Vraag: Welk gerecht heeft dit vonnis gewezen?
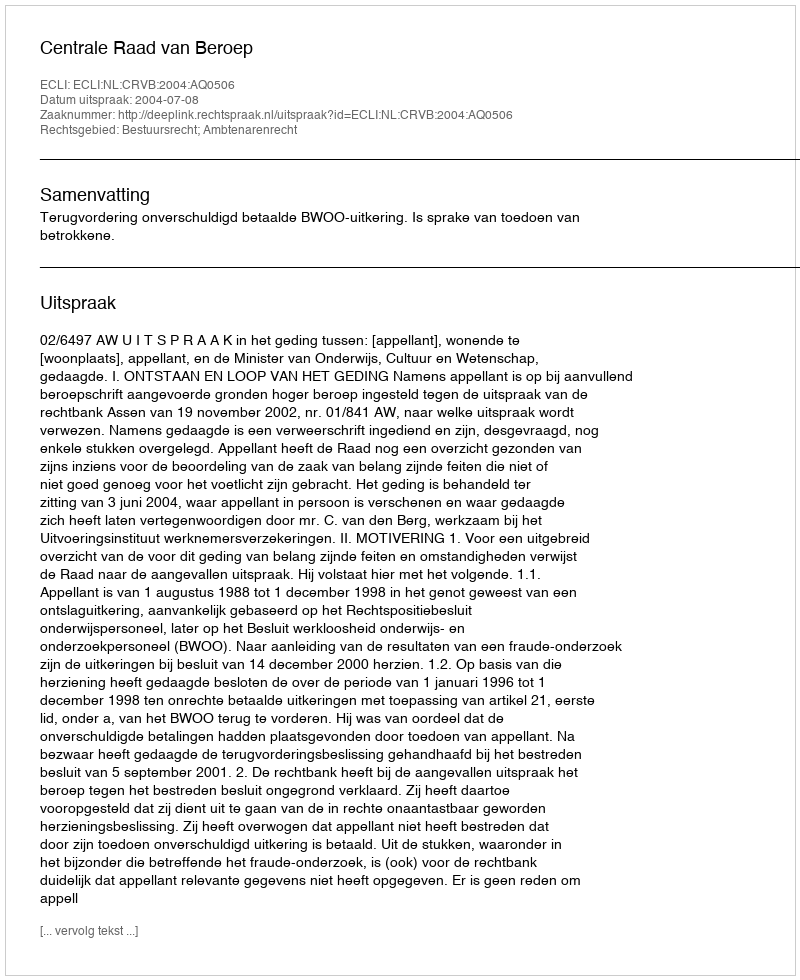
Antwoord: Centrale Raad van Beroep